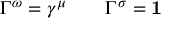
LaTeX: \/ \Gamma ^ { \omega } = \gamma ^ { \mu } \qquad \/ \Gamma ^ { \sigma } = { \bf 1 }